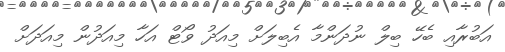
އަބުރާއި ބެހޭ ބިލް ނުދަންމާ އެބިލަށް މިއަދު ވޯޓް އަހާ މިއަދުން މިއަދަށް